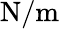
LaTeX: \mathrm{{N/m}}